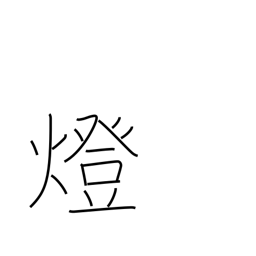
Meaning: counter for lights